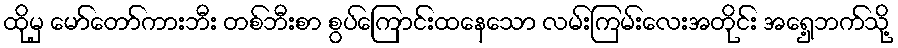
ထိုမှ မော်တော်ကားဘီး တစ်ဘီးစာ စွပ်ကြောင်းထနေသော လမ်းကြမ်းလေးအတိုင်း အရှေ့ဘက်သို့